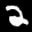
Label: 2